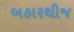
બહારથીજ